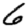
Digit: 6